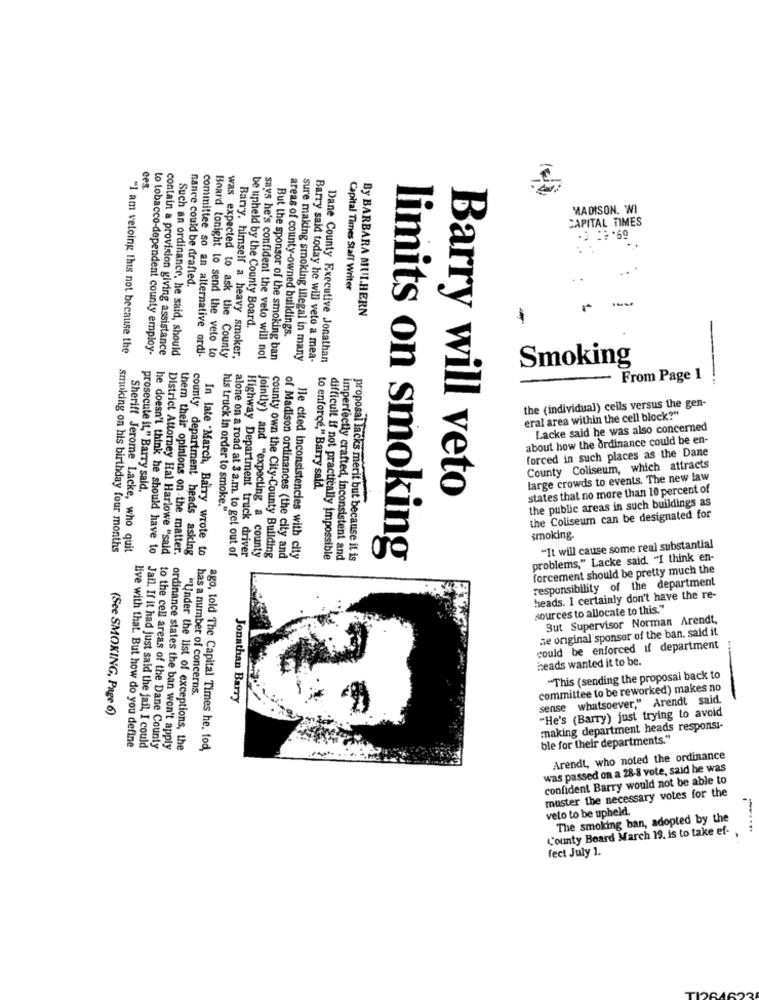
ces
MADISON. "WI
CAPITAL TIMES
nance could be drafted.
Capital Times Staff Writer
By BARBARA MULHERN
be upheld by the County Board.
areas of county-owned buildings.
"I am veloing this not because the
to tobacco-dependent county employ-
contain a provision giving assistance
Such an ordinance, he said, should
committee so an alternative ordi-
Barry, himself a heavy smoker,
Board tonight to send the veto to
was expected to ask the County
says he's confident the veto will not
But the sponsor of the smoking ban
sure making smoking illegal in many
Barry said today he will veto a mea-
Dane County Executive Jonathan
Smoking
-
From Page 1
the (individual) cells versus the gen-
eral area within the cell block?"
Lacke said he was also concerned
about how the ordinance could be en-
forced in such places as the Dane
County Coliseum, which attracts
large crowds to events. The new law
to enforce," Barry sald.
states that no more than 10 percent of
prosecute it," Barry sald.
Barry will veto
the public areas in such buildings as
huis truck in order to smoke."
the Coliseum can be designated for
smoking.
smoking on his birthday four months
Sheriff Jerome Lacke, who quit
county department heads asking
In late "March, Barry wrote to
alone on a road at 3 a.m. to get out of
Highway Department truck driver
county own the City-County Building
"It will cause some real substantial
District Attorney Hal Harlowe "said
them their opinions on -the matter.
jointly) and "expecting a county
of Madison ordinances (the city and
Hle cited inconsistencies with city
difficult if not practically impossible
imperfectly crafted, inconsistent and
proposal lacks merit but because it is
limits on smoking
problems," Lacke said, "I think en-
forcement should be pretty much the
responsibility of the department
heads. I certainly don't have the re-
sources to allocate to this."
But Supervisor Norman Arendt,
se original sponsor of the ban. said it
could be enforced if department
heads wanted it to be.
"This (sending the proposal back to
-
has a number of concerns.
committee to be reworked) makes no
Jonathan Barry
sense whatsoever," Arendt said.
(See SMOKING, Page 6)
"He's (Barry) just trying to avoid
making department heads responsi-
ble for their departments."
live with that. But how do you define
he doesn't think he should have to Jail. If it had just said the jail, I could
to the cell areas of the Dane County
ordinance states the ban won't apply
"Under the list of exceptions, the
ago, told The Capital Times he, tod,
Arendt, who noted the ordinance
was passed on a 28-8 vote, said he was
confident Barry would not be able to
muster the necessary votes for the
velo to be upheld.
The smoking ban, adopted by the
County Board March 19. is to take ef-
....
fect July 1.